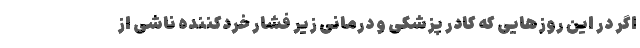
اگر در این روزهایی که کادر پزشکی و درمانی زیر فشار خردکننده ناشی از